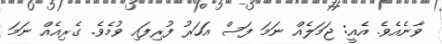
ވާނެއެވެ. އެއީ: ޖަމަލެއް ނަމަ ފަސް އަހަރު ފުރިފައި ވުމެވެ. ގެރިއެއް ނަމަ